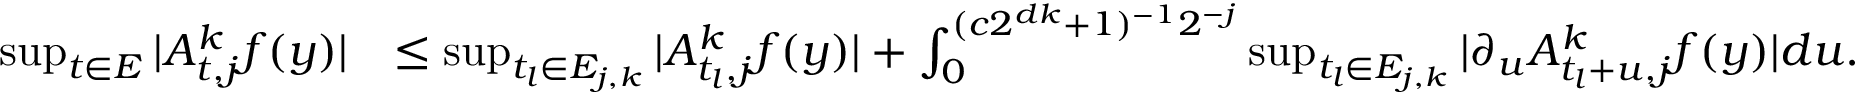
\begin{array} { r l } { \operatorname* { s u p } _ { t \in E } | A _ { t , j } ^ { k } f ( y ) | } & { \le \operatorname* { s u p } _ { t _ { l } \in E _ { j , k } } | A _ { t _ { l } , j } ^ { k } f ( y ) | + \int _ { 0 } ^ { ( c 2 ^ { d k } + 1 ) ^ { - 1 } 2 ^ { - j } } \operatorname* { s u p } _ { t _ { l } \in E _ { j , k } } | \partial _ { u } A _ { t _ { l } + u , j } ^ { k } f ( y ) | d u . } \end{array}